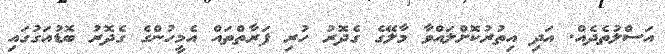
އަސްލުތެދެއް. އަދި އިތުރުކޮށްލައްވާ މާލޭގެ ގެދޮރު ހުރި ފަރާތްތައް އެމީހުންގެ ގެދޮރު ބޮޑުއަގުގައި